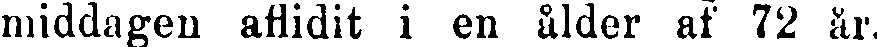
middagen aflidit i en ålder af 72 ar.